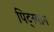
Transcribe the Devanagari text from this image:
पिट्स्वान